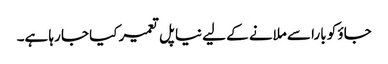
جاؤ کو بارا سے ملانے کے لیے نیا پل تعمیر کیا جا رہا ہے۔